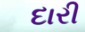
દારી